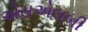
એસએલબી